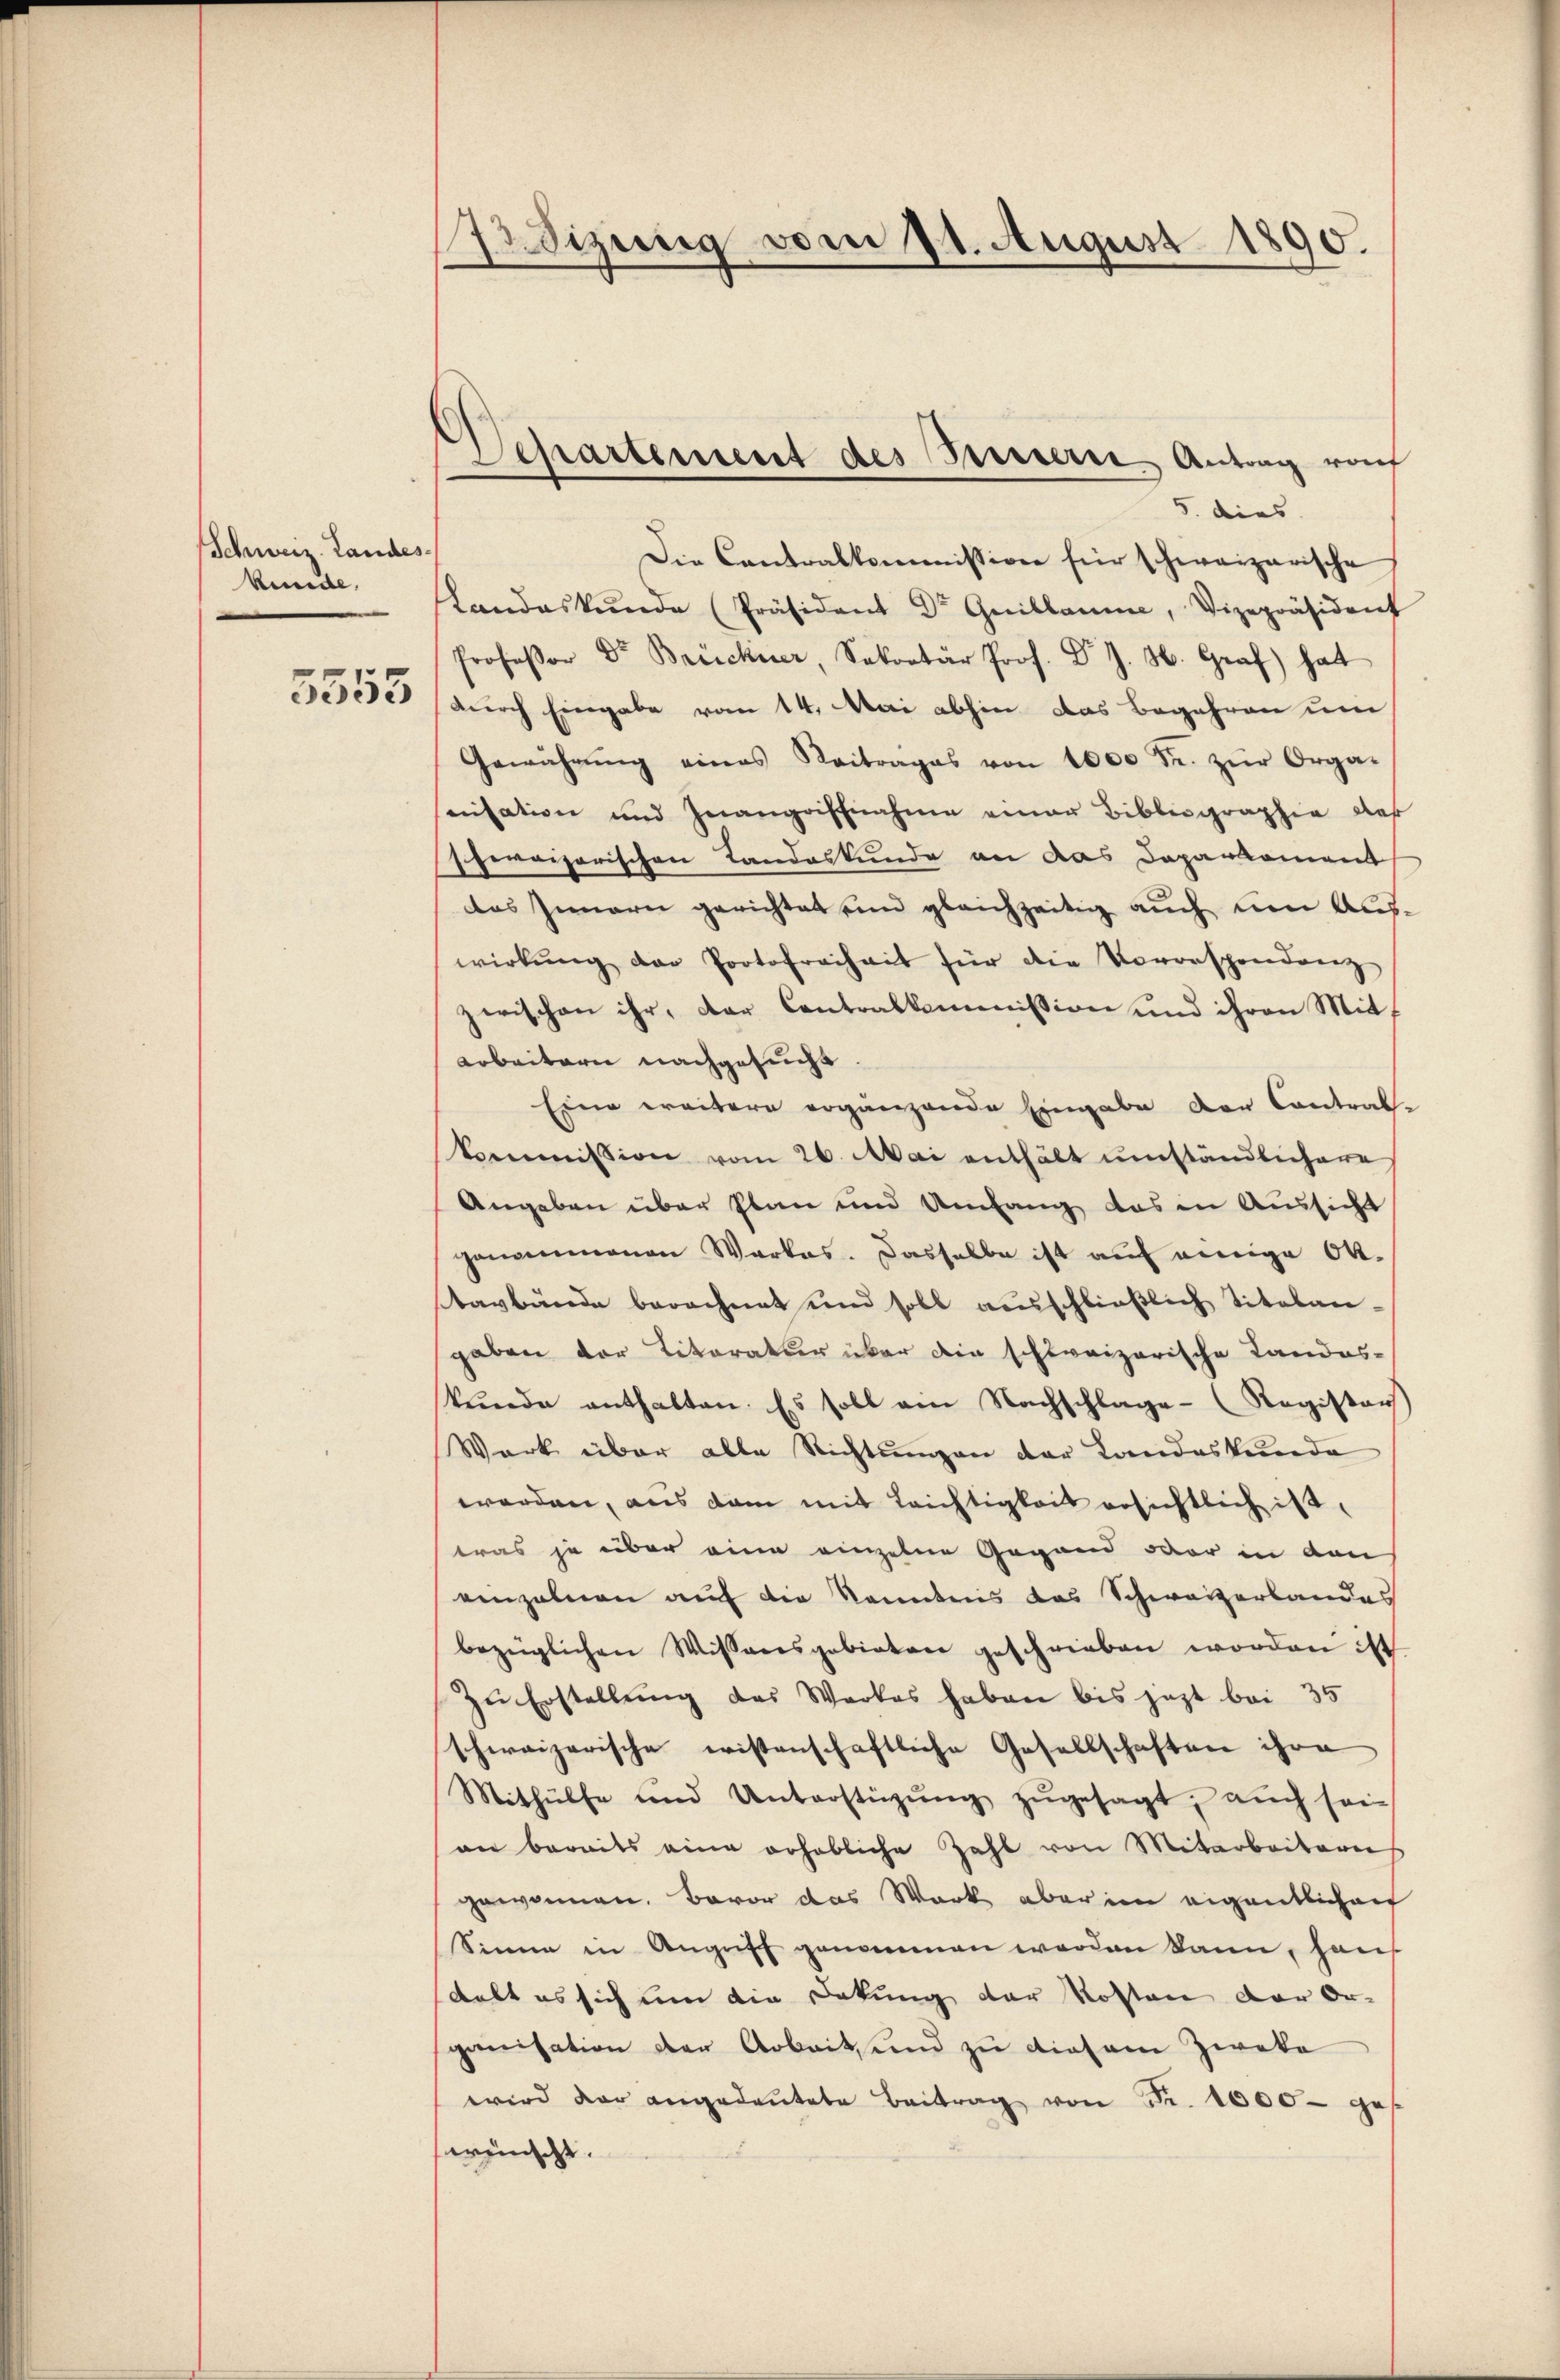
Schweiz. Landes
kunde.

5555

73 Sizung vom 11. August 1890.

5. dies
Die Contralkommission für schweizerische
sLandaskŭnde Präsident Dr Guillaume, Vizepräsident
Professor Dr Breichner, Sekretär Prof. Dr J. H. Graf hat
durch Eingabe vom 14. Mai abhin das Begehren um
Gewährŭng eines Raitrages von 1000 Fr. zŭr Orga-
snisation und Inangriffnahme einer Bibliographie des
pervizerischen Landeskunde an das Daparkoment
das Innern gerichtet ein gleichzeitig auch um Auswirkŭng der Protofreiheit für die Vororspondenz
zwischen ihr, der Contralkommission und ihren Mit¬
Arbeitern nachgesucht
Eine weitere ergänzende Eingabe der Contral-
kommission vom 26. Mai enthält umständlichere
Angeben über Plan und Umfang das in Aussicht
gangenmanen Wartes. Dasselbe ist aŭf einige Ok-
tavbände berechnet und soll ausschließlich Titelan-
gaben der Literatur über die schweizerische Landes-
kunde enthalten. Es soll am Nachschlage (Registers
Wark über alle Richtŭngen der Landeskunde
worden, aus dem mit Leichtigkeit ersichtlich ist,
tras ja über eine einzelne Gegend der in den
einzelnen auf die kanntnis das Schweizerbandes
bezüglichen Wissensgebieten geschrieben worden ist
Zu Erstellung des Werkes haben bis jezt bei 35
schweizerische eistenschaftliche Gesellschaften ihre
Mithülfe und Unterstützŭng zŭgesagt, auch sein
wer bereits eine erhebliche Zahl von Mitarbeiteres
gewonnen. Bevor das Werk aber im eigentlichen
Sinne in Angriff genommen werden kann, hauf
delt es sich um die Dokung der Kosten der Or-
ganisation der Arbeit, und zu diesem Zweke
wird der angedeutete Beitrag von Fr. 1000 ges
wünscht.

Departement des Sursern Antrag raf